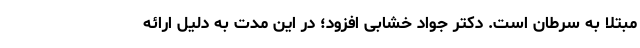
مبتلا به سرطان است. دکتر جواد خشابی افزود؛ در این مدت به دلیل ارائه